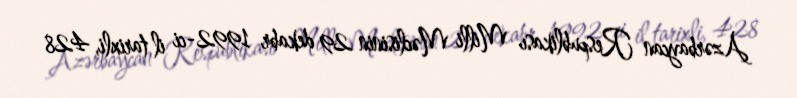
Azərbaycan Respublikası Milli Məclisinin 29 dekabr 1992-ci il tarixli, 428